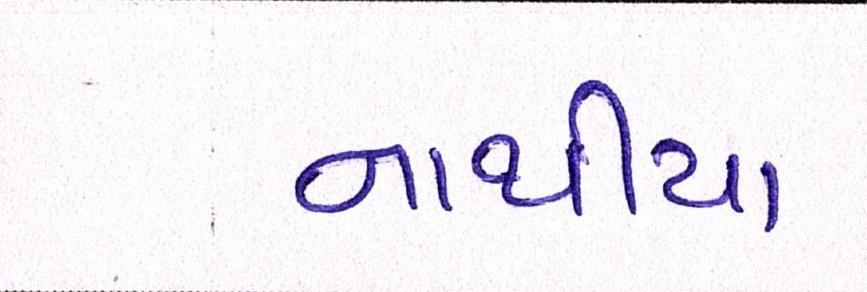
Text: નાથીયા